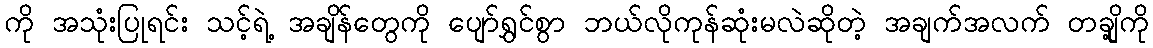
ကို အသုံးပြုရင်း သင့်ရဲ့ အချိန်တွေကို ပျော်ရွှင်စွာ ဘယ်လိုကုန်ဆုံးမလဲဆိုတဲ့ အချက်အလက် တချို့ကို